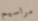
مراسيم